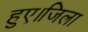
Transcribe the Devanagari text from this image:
हुए।जिला